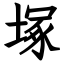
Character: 塚